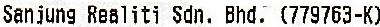
SANJUNG REALITI SDN. BHD. (779763-K)